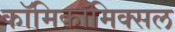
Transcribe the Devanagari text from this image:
काॅमिकॉमिक्सल